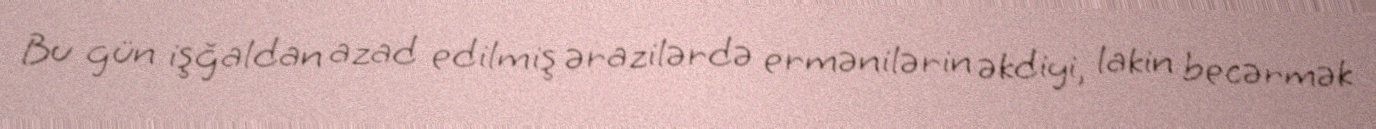
Bu gün işğaldan azad edilmiş ərazilərdə ermənilərin əkdiyi, lakin becərmək